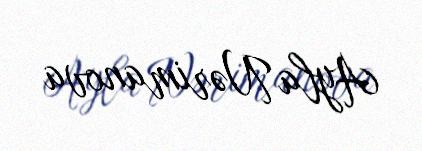
Ayla Nərimanova